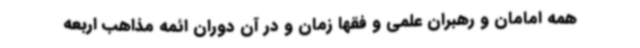
همه امامان و رهبران علمی و فقها زمان و در آن دوران ائمه مذاهب اربعه